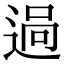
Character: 𨓺